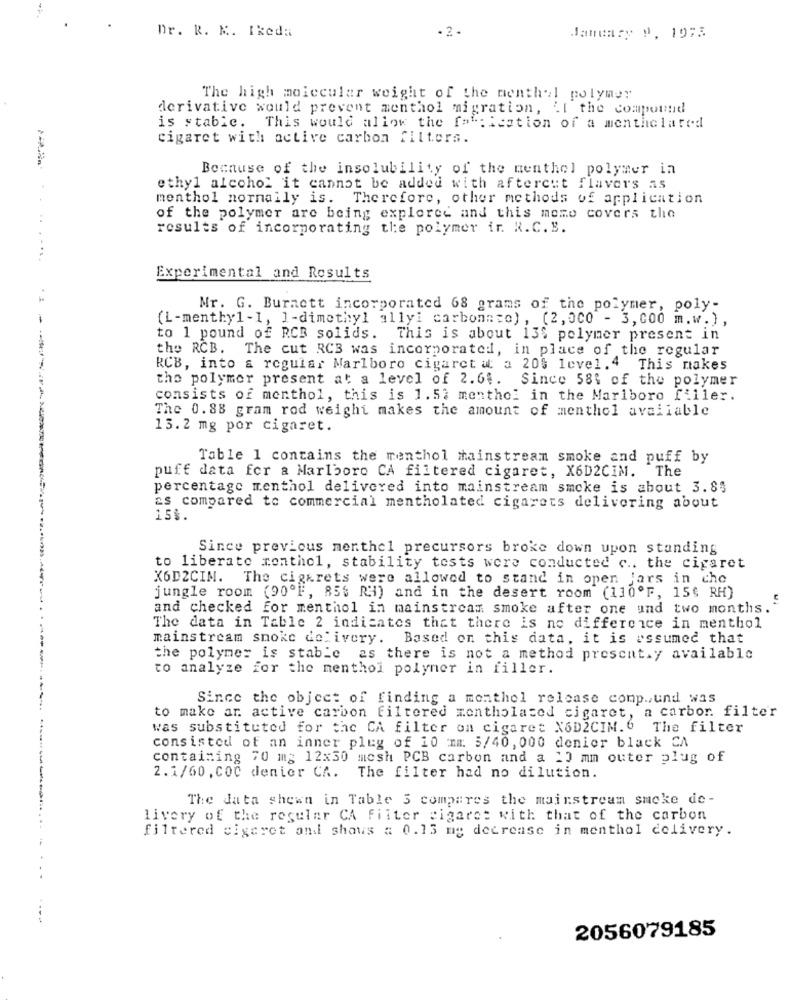
Dr. R. M. Ikeda
-2.
January ", 19:3
The high molecular weight of the menthel polymer
derivative would prevent menthol migration, . I the compound
is stable. This would allow the fabrication of a mentholated
cigaret with active carbon filters.
Because of the insolubility of the menthol polymer in
ethyl alcohol it cannot be added with aftercet flavors as
menthol normally is.
Therefore, other methods of application
of the polymer are being explored and this memo covers the
results of incorporating the polymer ir. R.C. B.
Experimental and Results
Mr. G. Burnett incorporated 68 grams of the polymer, poly-
(L-menthyl-1, ]-dimethyl allyi carbonato) , (2,000 - 3,000 m.w.) ,
to 1 pound of RCB solids. This is about 13% polymer present in
the RCB. The cut RCB was incorporated, in place of the regular
RCB, into a regular Marlboro cigaret at: a 20% level.4 This makes
the polymer present at a level of 2.6 .. Since 58% of the polymer
consists of menthol, this is 1.52 menthol in the Marlboro filler.
The 0.88 gram rod weighi makes the amount of menthol available
13.2 mg por cigaret.
Table 1 contains the menthol mainstream smoke and puff by
puff data for a Marlboro CA filtered cigaret, X6D2CIM. The
percentage menthol delivered into mainstream smoke is about 3.83
as compared to commercial mentholated cigarets delivering about
15%.
Since previous merthel precursors broke down upon standing
to liberate menthol, stability tests were conducted c .. the cigaret
X6D2CIM. The cigarets were allowed to stand in open jars in che
jungle room (90ºF, 85% RH) and in the desert room (110ºF, 15% RH)
and checked for menthol in mainstream smoke after one und two months.
The data in Table 2 indicates that there is no difference in menthol
mainstream smoke delivery. Based on this data, it is assumed that
the polymer is stable as there is not a method present.y available
----
to analyze for the menthol polyner in filler.
Since the object of finding a monthel release comp ., und was
to make ar active carbon filtered montholated cigaret, a carbor. filter
was substituted for the CA filter on cigaret X6D2CIM.6 The filter
consisted of an inner plug of 10 mm. 5/40, 000 denier black CA
containing 70 mg 12x30 mosh PCB carbon and a 10 mm outer plug of
2.1/60, coC denier CA.
The filter had no dilution.
The Jata shewn in Table 3 compares the mainstream smoke de-
livery of the regular CA filter cigaret with that of the carbon
filtered cigaret and shows a 0.13 me decrease in menthol delivery.
.. .
2056079185